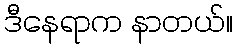
ဒီနေရာက နာတယ်။